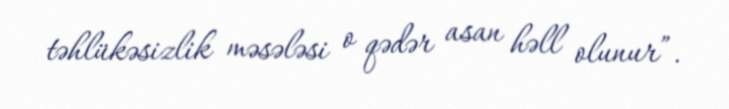
təhlükəsizlik məsələsi o qədər asan həll olunur”.